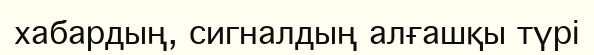
хабардың, сигналдың алғашқы түрі